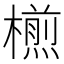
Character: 𣜭